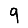
Digit: 9